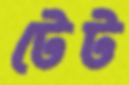
টেট